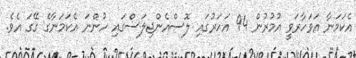
އެކަމަނާ އަވަހާރަވީ އުމުރުން 94 އަހަރުގައި ލޮސްއެންޖިލަސްގައި ހުންނަ އެކަމަނާގެ ގޭގަ އެވެ.